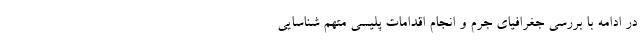
در ادامه با بررسی جغرافیای جرم و انجام اقدامات پلیسی متهم شناسایی